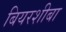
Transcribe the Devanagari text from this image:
बियरशीबा